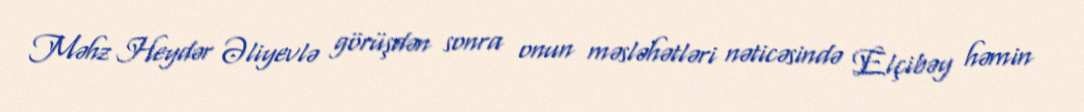
Məhz Heydər Əliyevlə görüşdən sonra onun məsləhətləri nəticəsində Elçibəy həmin